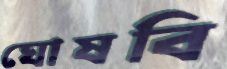
ঘোষবি